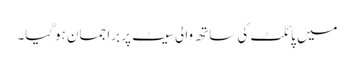
میں پائلٹ کی ساتھ والی سیٹ پر برا جمان ہوگیا۔